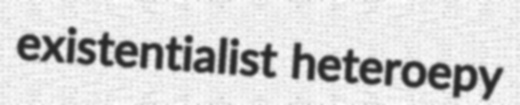
existentialist heteroepy